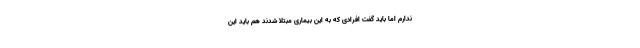
ندارم اما باید گفت افرادی که به این بیماری مبتلا شدند هم باید این